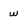
Character: w